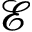
\mathcal { E }